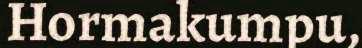
Hormakumpu,